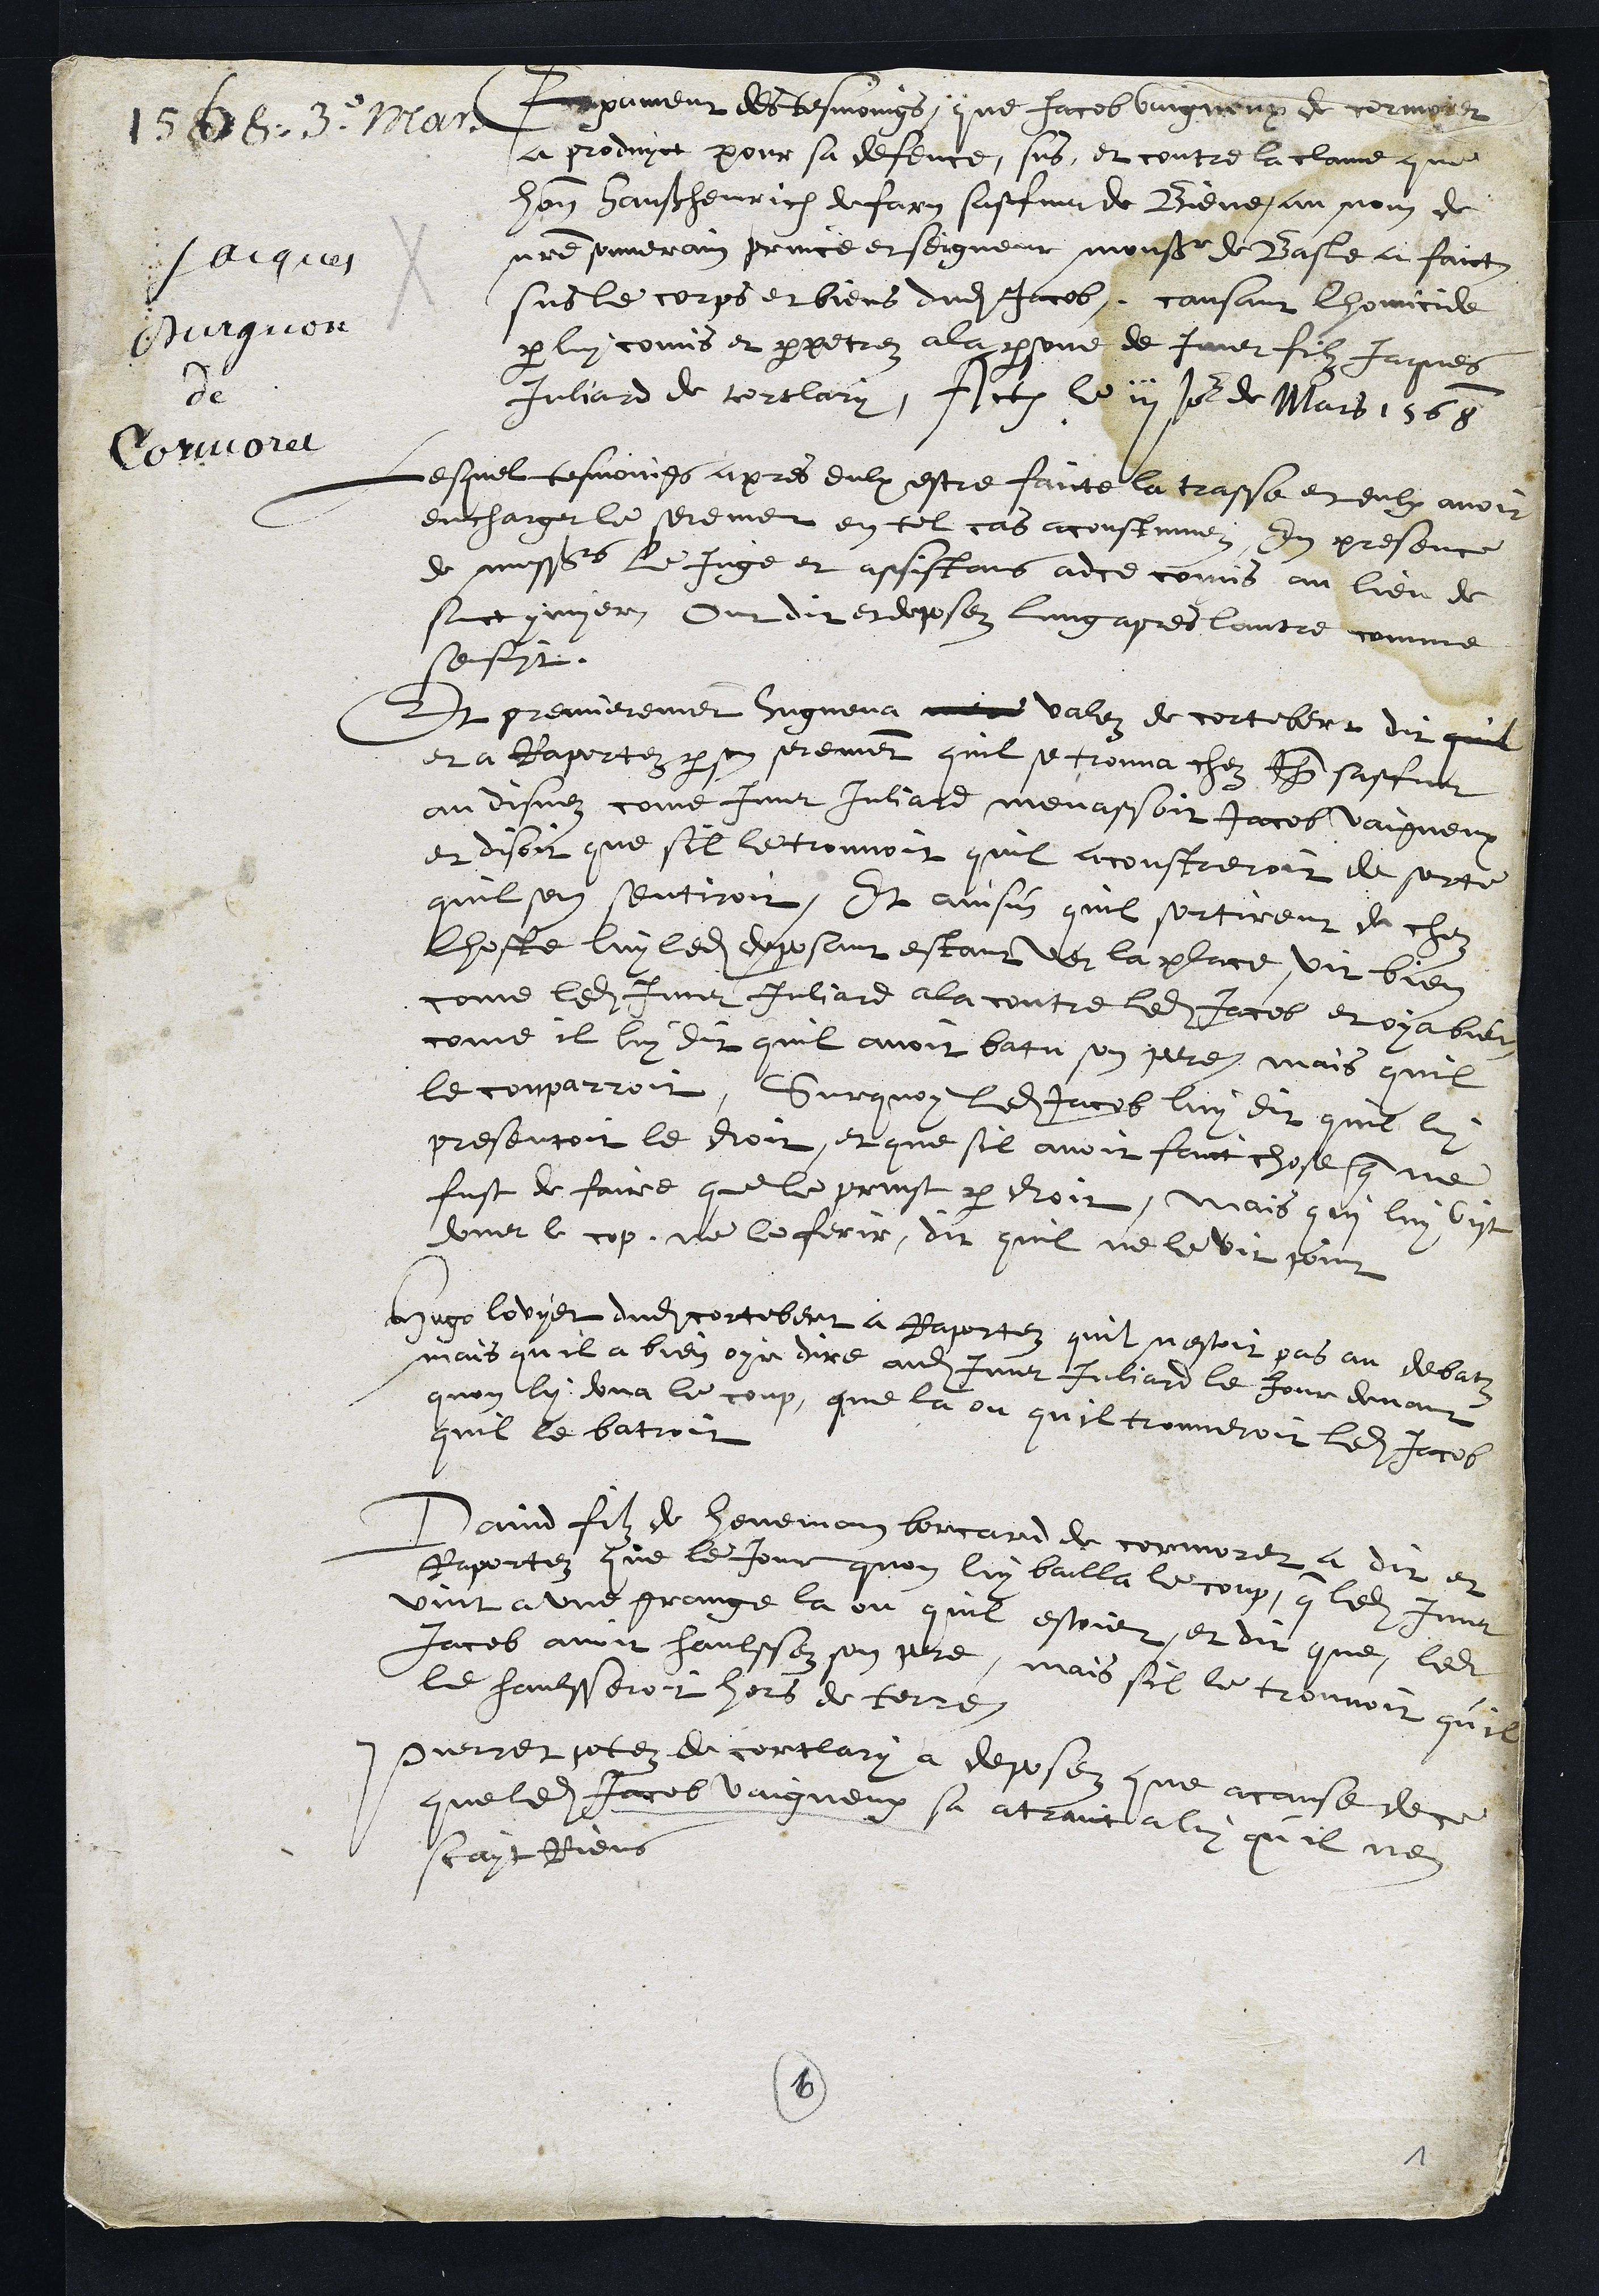
1568. 3. Mars
Jacques
Burguon
de
Cormoret
Exament des tesmoings, que Jacob vuigneux de cormoret
a produyct pour sa defence, sus, et contre la clame que
honnorable Hanß henrich de Fary saffner de Biene, au nom de
notre souverain prince et seigneur monsr de Basle a faict
sus le corps et biens dudit Jacob, causant lhomicide
par luy comis et perpetrez a la persone de Imer filz Jaques
Juliard de cortlary, Actum le iii Jour de Mars 1568
Lesquel tesmoings apres eulx estre faicte la trasse et eulx avoir
encharger le serement en tel cas acoustumez, En presence
de messrs le Juge et assistans adce comis au lieu de
sainct ymyer Ont dit et deposez lung apres lautre comme
sensuyt.
Et premierement Huguena mere valez de cortebert dit quil
et a Raportez par son serement quil se trouva chez Jehan sasfner
au disnez come Imer Juliard menassoit Jacob vaigneux
et disoit que sil le trouvoit quil acoustreroit de sorte
quil sen sentiroit, Et ainsin quil sortirent de chez
lhoste luy ledit deposant estant ver la place, vit bien
come ledit Imer Juliard ala contre ledit Jacob et oya bien
come il luy dit quil avoit batu son pere, mais quil
le comparroit, Sur quoy ledit Jacob luy dit quil luy
presentoit le droit, et que sil avoit faict chose que ne
fust de faire que le prinst par droit, Mais qui luy vist
doner le cop, ne le ferir, dit quil ne le vit point
Hugo lovyet dudit Cortebert a Raportez quil nestoit pas au debatz
mais quil a bien oyr dire audit Imer Juliard le Jour devant
quon luy dona le coup, que la ou quil trouveroit ledit Jacob
quil le batroit
David filz de heneman borcard de cormoret a dit et
Raportez que le Jour quon luy bailla le coup, que ledit Imer
vint a une grange la ou quil estoiet, et dit que ledit
Jacob avoit haulssez son pere, mais sil le trouvoit qu'il
le haulsseroit hors de terre
Pierret potez de cortlary a deposez que a cause de ce
que ledit Jacob vaigneux sa atraict a luy qu'il nen
scayt Riens
6
1